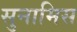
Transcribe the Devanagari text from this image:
सुनामिस